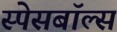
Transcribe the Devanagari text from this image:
स्पेसबॉल्स